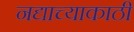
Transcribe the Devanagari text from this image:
नद्याच्याकाठी